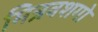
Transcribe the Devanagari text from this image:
मित्रवशगो